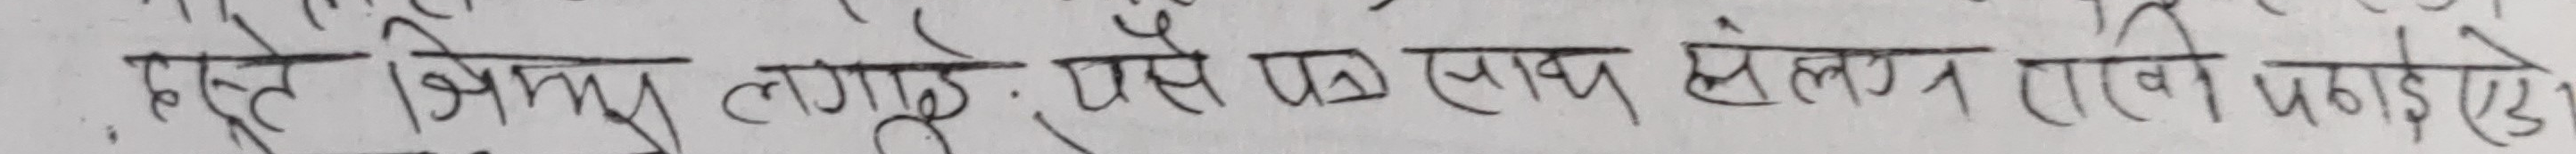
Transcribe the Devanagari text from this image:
हस्ते विनिंयुग लगाए, वैसे एसैप संलग्न राखी पठाउँछु।